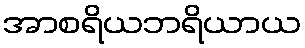
အာစရိယဘရိယာယ